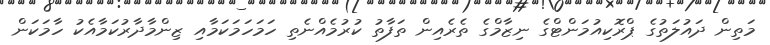
މަތިން ދައުލަތުގެ ޕްރޮކިއުމަންޓްގެ ނިޒާމްގެ ތެރެއިން ތަފާތު ކުރުމެއްނެތި ހަމަހަމަކަމާއި ޒިންމާދާރުކަމާއެކު ހާމަކަން